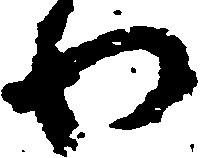
わ